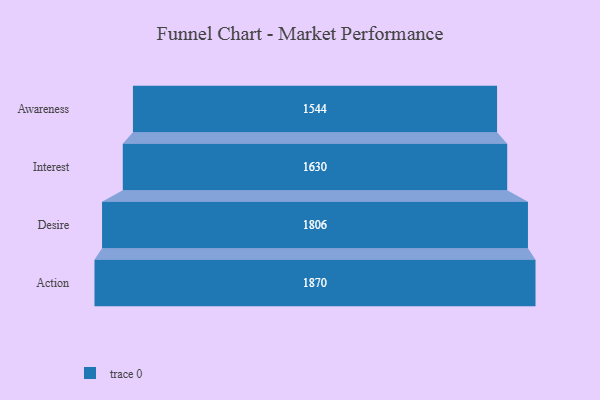
{"axis": {"x": "Stage", "y": "Value"}, "legend": [""], "data": [{"x": "Awareness", "y": 1544.0, "type": ""}, {"x": "Interest", "y": 1630.0, "type": ""}, {"x": "Desire", "y": 1806.0, "type": ""}, {"x": "Action", "y": 1870.0, "type": ""}]}